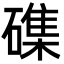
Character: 磼